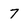
Character: 7